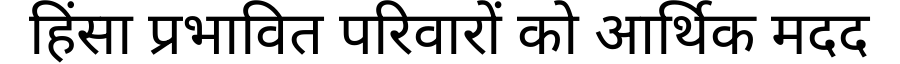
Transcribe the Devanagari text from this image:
हिंसा प्रभावित परिवारों को आर्थिक मदद